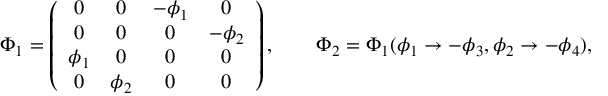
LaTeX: \Phi _ { 1 } = \left( \begin{array} { c c c c } { { 0 } } & { { 0 } } & { { - \phi _ { 1 } } } & { { 0 } } \\ { { 0 } } & { { 0 } } & { { 0 } } & { { - \phi _ { 2 } } } \\ { { \phi _ { 1 } } } & { { 0 } } & { { 0 } } & { { 0 } } \\ { { 0 } } & { { \phi _ { 2 } } } & { { 0 } } & { { 0 } } \end{array} \right) , \qquad \Phi _ { 2 } = \Phi _ { 1 } ( \phi _ { 1 } \to - \phi _ { 3 } , \phi _ { 2 } \to - \phi _ { 4 } ) ,